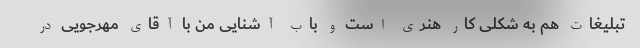
تبلیغات هم به شکلی کار هنری است و باب آشنایی من با آقای مهرجویی در